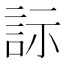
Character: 𬢡